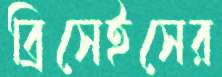
ব্রিসেইসের